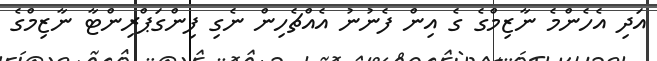
އަދި އެހެންމެ ނާޒިމްގެ ގެ އިން ފެނުނު އެއްޗެހިން ނެގި ފިންގަޕްރިންޓާ ނާޒިމްގެ